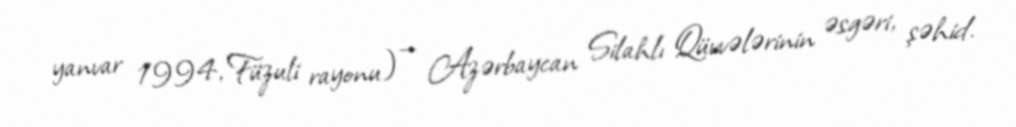
yanvar 1994, Füzuli rayonu) — Azərbaycan Silahlı Qüvvələrinin əsgəri, şəhid.